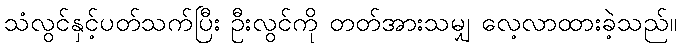
သံလွင်နှင့်ပတ်သက်ပြီး ဦးလွင်ကို တတ်အားသမျှ လေ့လာထားခဲ့သည်။